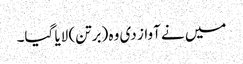
میں نے آواز دی وہ (برتن) لایا گیا۔